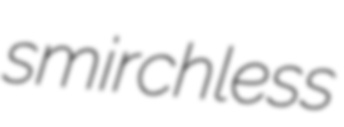
smirchless